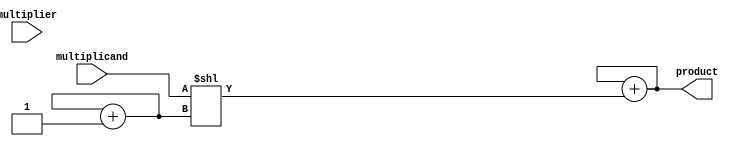
module shift_and_add_multiplier(
    input [7:0] multiplicand,
    input [7:0] multiplier,
    output reg [15:0] product
);

reg [7:0] partial_product;
reg [3:0] shift_count;

always @ (*) begin
    partial_product = multiplicand << shift_count;
    product = product + partial_product;
    shift_count = shift_count + 1;
end

endmodule